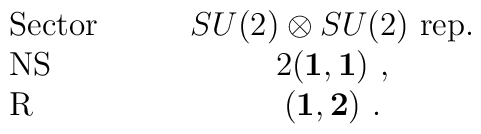
\begin{array}{lc}   {\mbox {Sector}} \quad \quad & SU(2) \otimes SU(2) ~ {\mbox {rep.}} \\   {\mbox {NS}}     & 2 ({\bf 1},{\bf 1})~, \\   {\mbox {R}}      & ({\bf 1},{\bf 2})~. \\   \end{array}